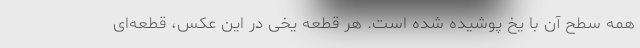
همه سطح آن با یخ پوشیده شده ‌است. هر قطعه یخی در این عکس، قطعه‌ای